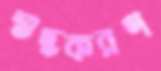
শুদ্ধকরণ